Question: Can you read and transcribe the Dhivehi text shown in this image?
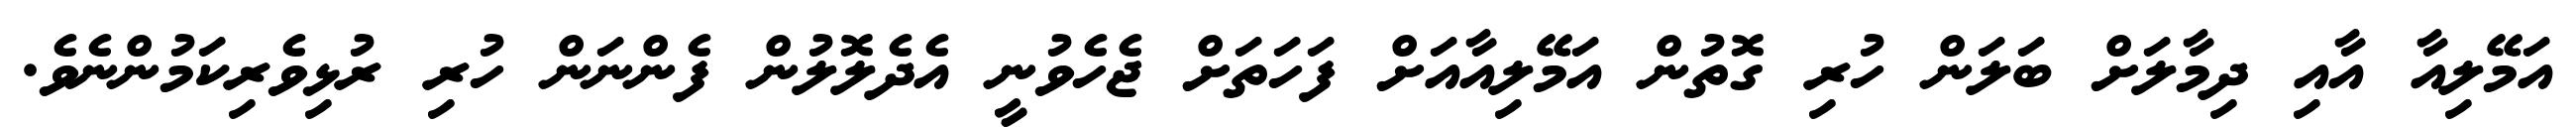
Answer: އަމޭލިއާ އާއި ދިމާލަށް ބަލަން ހުރި ގޮތުން އަމޭލިއާއަށް ފަހަތަށް ޖެހެވުނީ އެދެލޮލުން ފެންނަން ހުރި ރުޅިވެރިކަމުންނެވެ.